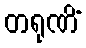
တရုဏိံ